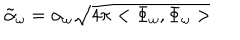
LaTeX: \tilde { \alpha } _ { \omega } = \alpha _ { \omega } \sqrt { 4 \pi < \Phi _ { \omega } , \Phi _ { \omega } > }